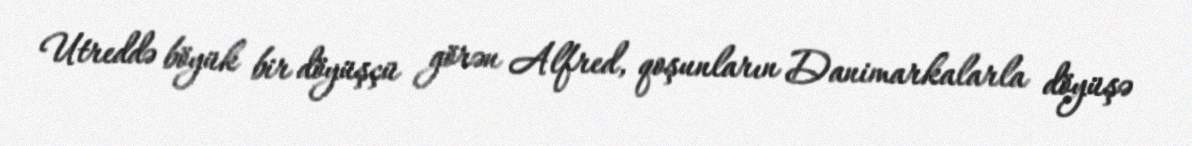
Utreddə böyük bir döyüşçü görən Alfred, qoşunların Danimarkalarla döyüşə